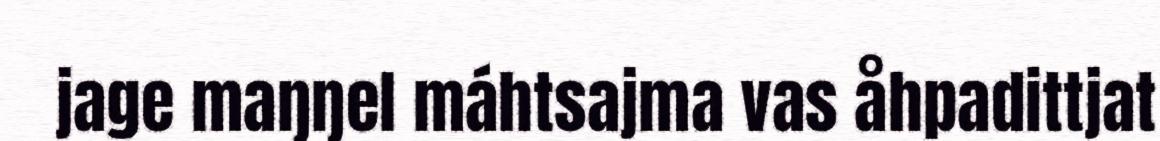
jage maŋŋel máhtsajma vas åhpadittjat